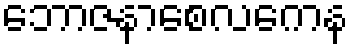
ဘောဇနာစေလကေန